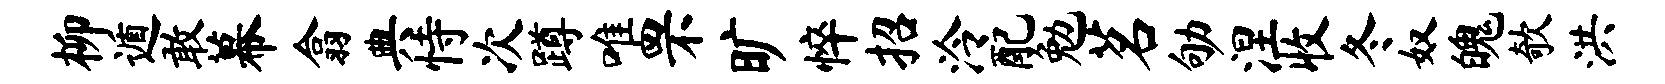
柳遁敢幕翕典恃次蹲唯罘旷悴招泠配勉茗劬涅收冬奴魄欹洪